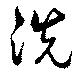
洗